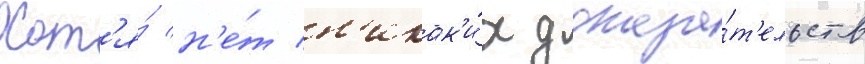
Хот'я́ н'е́т н'икак'и́х доказа́т'ельств